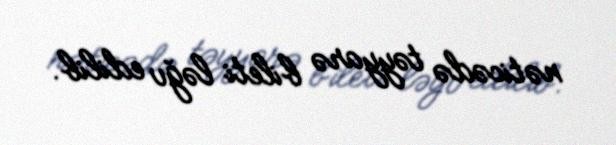
nəticədə təyyarə bileti ləğv edilib.